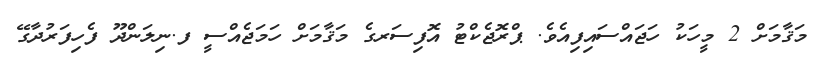
މަޤާމަށް 2 މީހަކު ހަޖައްސައިފިއެވެ. ޕްރޮޖެކްޓު އޮފިސަރގެ މަޤާމަށް ހަމަޖެއްސީ ފ.ނިލަންދޫ ފެހިފަރުދާގޭ